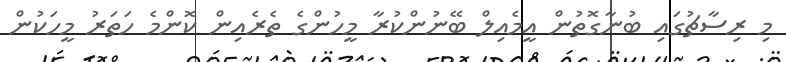
މި ރިސާޗުގައި ބުނާގޮތުން އީމެއިލް ބޭނުންކުރާ މީހުންގެ ތެރެއިން ކޮންމެ ހަތަރު މީހަކުން